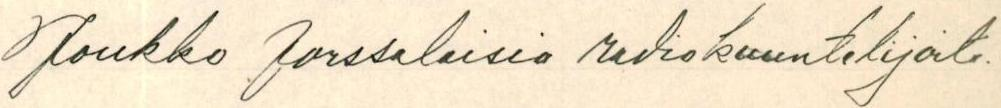
Joukko Forssalaisia radiokuuntelijoita.